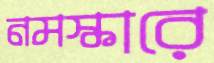
নমস্কারে